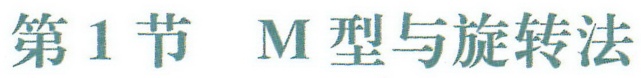
第1节 M型与旋转法